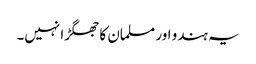
یہ ہندو اور مسلمان کا جھگڑا نہیں۔